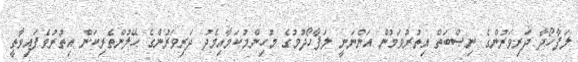
ލަފާހޯދާ ދަރިވަރުންގެ ނިޞްބަތް އިތުރުވަމުން އަންނަނީ ލަފާހޯދުމުގެ މުހިންމުކަމާއިމެދު ދަރިވަރުންގެ ހޭލުންތެރިކަން އިތުރުވެފައިވާތީ